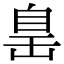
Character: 𦤍